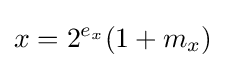
x=2^{e_{x}}(1+m_{x})